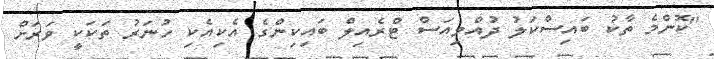
"ކޮންމެ ތާކު ބައިސްކަލު ދުއްވިއަސް ޓްރެއިލް ބައިކިންގެ އެކިއެކި ހުނަރު ތަކަކީ ވަރަށް